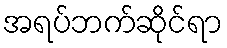
အရပ်ဘက်ဆိုင်ရာ